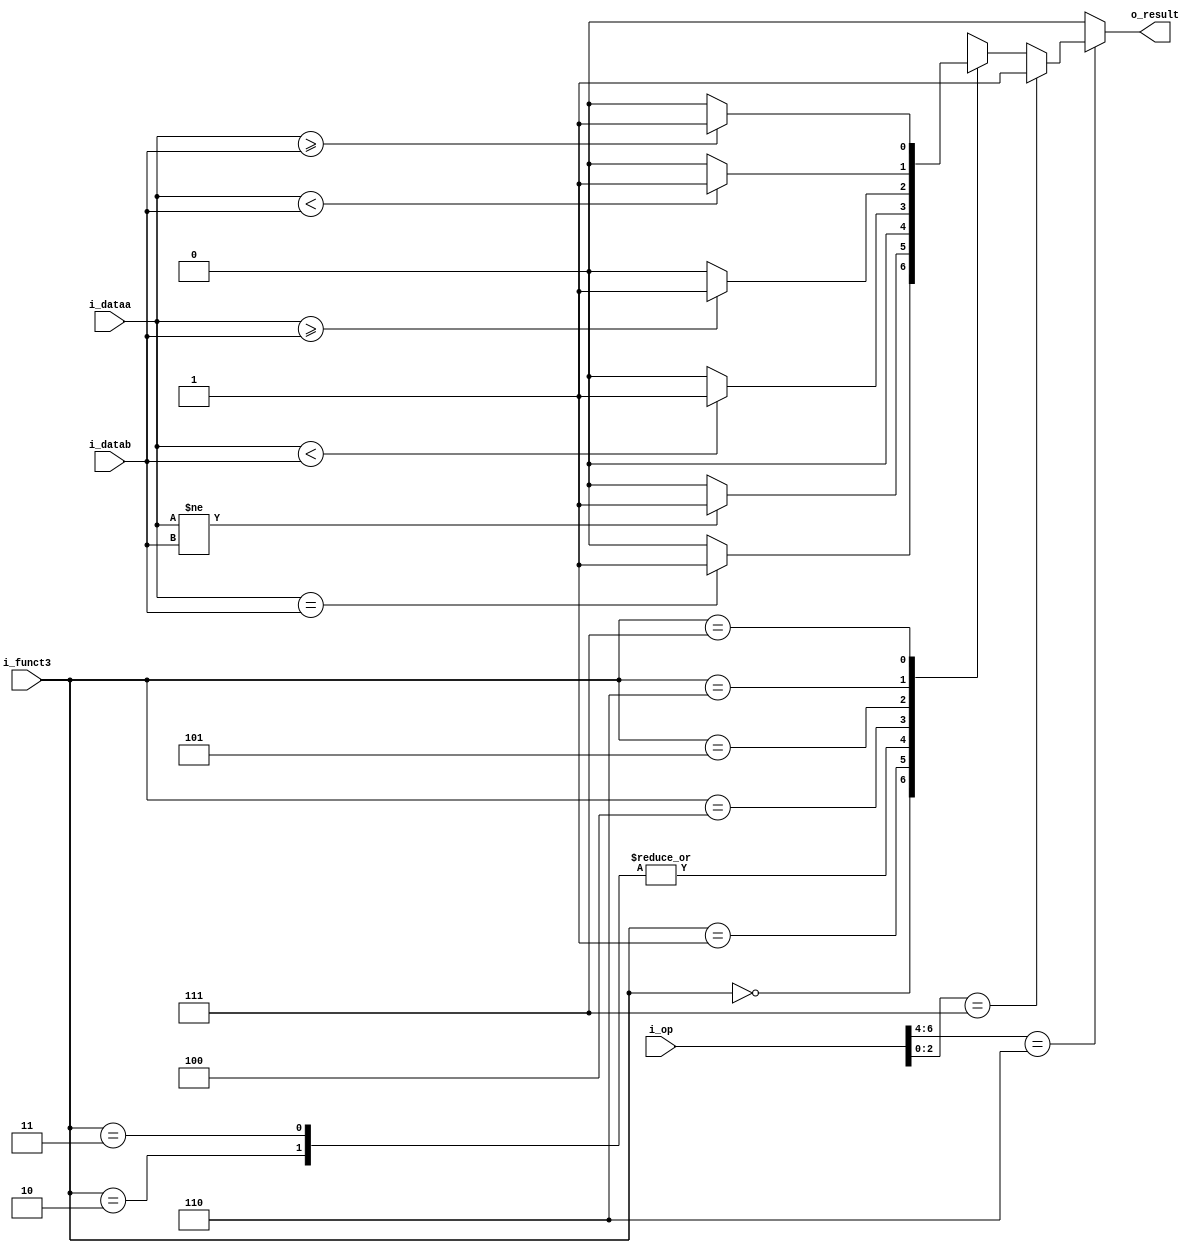
module comp (
	input	[2:0]	i_funct3,
	input	[6:0]	i_op,
	input	[31:0]	i_dataa,
	input	[31:0]	i_datab,

	output			o_result
);

	reg	r_result = 1'b0;
	always @(*) begin
		if (i_op[6:4] == 3'b110) begin
			if (i_op[2:0] == 3'b111) begin
				r_result = 1'b1;
			end else begin
				case (i_funct3)
					3'b000: r_result <= (i_dataa == i_datab) ? 1'b1 : 1'b0;
					3'b001: r_result <= (i_dataa != i_datab) ? 1'b1 : 1'b0;
					3'b010: r_result <= 1'b0;
					3'b011: r_result <= 1'b0;
					3'b100: r_result <=  ($signed(i_dataa) <  $signed(i_datab)) ? 1'b1 : 1'b0;
					3'b101: r_result <= ($signed(i_dataa) >= $signed(i_datab)) ? 1'b1 : 1'b0;
					3'b110: r_result <= (i_dataa < i_datab) ? 1'b1 : 1'b0;
					3'b111: r_result <= (i_dataa >= i_datab) ? 1'b1 : 1'b0;
					default: r_result <= 1'b0;
				endcase
			end
		end else begin
			r_result <= 1'b0;
		end
	end

	assign o_result = r_result;

endmodule